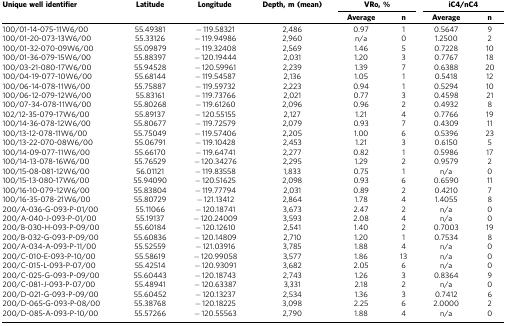
<table><thead><tr><td><b>Unique well identifier</b></td><td><b>Latitude</b></td><td><b>Longitude</b></td><td><b>Depth, m (mean)</b></td><td colspan="2"><b>VRo, %</b></td><td colspan="2"><b>iC4/nC4</b></td></tr><tr><td><b> </b></td><td><b> </b></td><td><b> </b></td><td><b> </b></td><td><b>Average</b></td><td><b>n</b></td><td><b>Average</b></td><td><b>n</b></td></tr></thead><tbody><tr><td>100/01-14-075-11W6/00</td><td>55.49381</td><td>−119.58321</td><td>2,486</td><td>0.97</td><td>1</td><td>0.5647</td><td>9</td></tr><tr><td>100/01-20-073-13W6/00</td><td>55.33126</td><td>−119.94986</td><td>2,960</td><td>n/a</td><td>0</td><td>1.2500</td><td>2</td></tr><tr><td>100/01-32-070-09W6/00</td><td>55.09879</td><td>−119.32408</td><td>2,569</td><td>1.46</td><td>5</td><td>0.7228</td><td>10</td></tr><tr><td>100/01-36-079-15W6/00</td><td>55.88397</td><td>−120.19444</td><td>2,031</td><td>1.20</td><td>3</td><td>0.7767</td><td>18</td></tr><tr><td>100/03-21-080-17W6/00</td><td>55.94528</td><td>−120.59961</td><td>2,239</td><td>1.39</td><td>7</td><td>0.6388</td><td>20</td></tr><tr><td>100/04-19-077-10W6/00</td><td>55.68144</td><td>−119.54587</td><td>2,136</td><td>1.05</td><td>1</td><td>0.5418</td><td>12</td></tr><tr><td>100/06-14-078-11W6/00</td><td>55.75887</td><td>−119.59732</td><td>2,223</td><td>0.94</td><td>1</td><td>0.5294</td><td>10</td></tr><tr><td>100/06-12-079-12W6/00</td><td>55.83161</td><td>−119.73766</td><td>2,021</td><td>0.77</td><td>3</td><td>0.4598</td><td>21</td></tr><tr><td>100/07-34-078-11W6/00</td><td>55.80268</td><td>−119.61260</td><td>2,096</td><td>0.96</td><td>2</td><td>0.4932</td><td>8</td></tr><tr><td>102/12-35-079-17W6/00</td><td>55.89137</td><td>−120.55155</td><td>2,127</td><td>1.21</td><td>4</td><td>0.7766</td><td>19</td></tr><tr><td>100/14-36-078-12W6/00</td><td>55.80677</td><td>−119.72579</td><td>2,079</td><td>0.93</td><td>7</td><td>0.4309</td><td>11</td></tr><tr><td>100/13-12-078-11W6/00</td><td>55.75049</td><td>−119.57406</td><td>2,205</td><td>1.00</td><td>6</td><td>0.5396</td><td>23</td></tr><tr><td>100/13-22-070-08W6/00</td><td>55.06791</td><td>−119.10428</td><td>2,453</td><td>1.21</td><td>3</td><td>0.6150</td><td>5</td></tr><tr><td>100/14-09-077-11W6/00</td><td>55.66170</td><td>−119.64741</td><td>2,277</td><td>0.82</td><td>1</td><td>0.5986</td><td>17</td></tr><tr><td>100/14-13-078-16W6/00</td><td>55.76529</td><td>−120.34276</td><td>2,295</td><td>1.29</td><td>2</td><td>0.9579</td><td>2</td></tr><tr><td>100/15-08-081-12W6/00</td><td>56.01121</td><td>−119.83558</td><td>1,833</td><td>0.75</td><td>1</td><td>n/a</td><td>0</td></tr><tr><td>100/15-13-080-17W6/00</td><td>55.94090</td><td>−120.51625</td><td>2,098</td><td>0.93</td><td>6</td><td>0.6590</td><td>11</td></tr><tr><td>100/16-10-079-12W6/00</td><td>55.83804</td><td>−119.77794</td><td>2,031</td><td>0.89</td><td>2</td><td>0.4210</td><td>7</td></tr><tr><td>100/16-35-078-21W6/00</td><td>55.80729</td><td>−121.13412</td><td>2,864</td><td>1.78</td><td>4</td><td>1.4055</td><td>8</td></tr><tr><td>200/A-036-G-093-P-01/00</td><td>55.11066</td><td>−120.18741</td><td>3,673</td><td>2.47</td><td>2</td><td>n/a</td><td>0</td></tr><tr><td>200/A-040-J-093-P-01/00</td><td>55.19137</td><td>−120.24009</td><td>3,593</td><td>2.08</td><td>4</td><td>n/a</td><td>0</td></tr><tr><td>200/B-030-H-093-P-09/00</td><td>55.60184</td><td>−120.12610</td><td>2,541</td><td>1.40</td><td>2</td><td>0.7003</td><td>19</td></tr><tr><td>200/B-032-G-093-P-09/00</td><td>55.60836</td><td>−120.14809</td><td>2,710</td><td>1.20</td><td>1</td><td>0.7534</td><td>8</td></tr><tr><td>200/A-034-A-093-P-11/00</td><td>55.52559</td><td>−121.03916</td><td>3,785</td><td>1.88</td><td>4</td><td>n/a</td><td>0</td></tr><tr><td>200/C-010-E-093-P-10/00</td><td>55.58619</td><td>−120.99058</td><td>3,577</td><td>1.86</td><td>13</td><td>n/a</td><td>0</td></tr><tr><td>200/C-015-L-093-P-07/00</td><td>55.42514</td><td>−120.93091</td><td>3,682</td><td>2.05</td><td>6</td><td>n/a</td><td>0</td></tr><tr><td>200/C-025-G-093-P-09/00</td><td>55.60443</td><td>−120.18743</td><td>2,743</td><td>1.26</td><td>3</td><td>0.8364</td><td>9</td></tr><tr><td>200/C-081-J-093-P-07/00</td><td>55.48941</td><td>−120.63387</td><td>3,331</td><td>2.18</td><td>2</td><td>n/a</td><td>0</td></tr><tr><td>200/D-021-G-093-P-09/00</td><td>55.60452</td><td>−120.13237</td><td>2,534</td><td>1.36</td><td>3</td><td>0.7412</td><td>6</td></tr><tr><td>200/D-065-G-093-P-08/00</td><td>55.38768</td><td>−120.18225</td><td>3,098</td><td>2.25</td><td>6</td><td>2.0000</td><td>2</td></tr><tr><td>200/D-085-A-093-P-10/00</td><td>55.57266</td><td>−120.55563</td><td>2,790</td><td>1.88</td><td>4</td><td>n/a</td><td>0</td></tr></tbody></table>